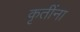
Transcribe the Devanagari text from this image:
कृतींना